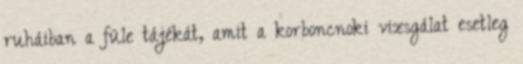
ruháiban a füle tájékát, amit a korboncnoki vizsgálat esetleg